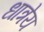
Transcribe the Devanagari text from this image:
धात्रेय